Vaccination in Bombay 1874-1876 - 1874-1876
Year: 1874
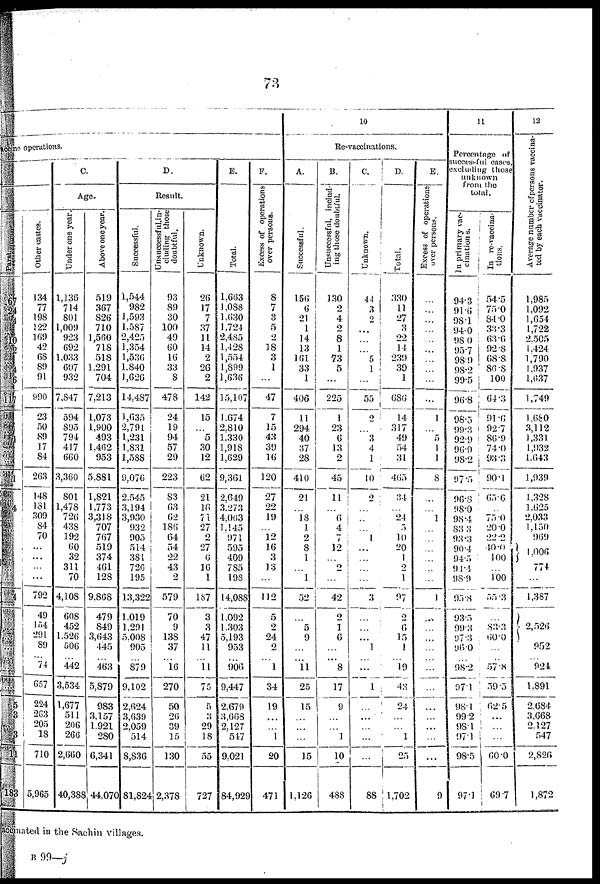
73
vaccine
operations.
5 3
3
11
183
Other castes.
134
77
198
122
169
42
68
89
91
990
23
50
89
17
84
263
148
131
309
84
70
...
...
...
...
792
49
154
291
89
... 74
657
224
263
205
18
710
5,965
C.
Age.
Under one year.
1,136
714
801
1,009
923
692
1,033
607
932
7,847
594
805
794
417
660
3,360
801
1,478
726
438
192
60
32
311
70
4,108
608
452
1,526
506
... 442
3,534
1,677
511
206
266
2,660
40,388
Above one year.
519
367
826
710
1,560
718
518
1,291
704
7,213
1,073
1,900
493
1,462
953
5,881
1,821
1,773
3,318
707
767
519
374
461
128
9,868
479
849
3,643
445
... 463
5,879
983
3,157
1,921
280
6,341
44,070
D.
Result.
Successful.
1,544
982
1,593
1,587
2,425
1,354
1,536
1,840
1,626
14,487
1,035
2,791
1,231
1,831
1,588
9,076
2,545
3,194
3,930
932
905
514
381
726
195
13,322
1,019
1,291
5,008
905
... 879
9,102
2,624
3,639
2,059
514
8,836
81,824
U
nsuccessful,in¬
cluding those
doubtful.
93
89
30
100
49
60
16
33
8
478
24
19
94
57
29
223
83
63
62
186
64
54
22
43
2
579
70
9
138
37
... 16
270
50
26
39
15
130
2,378
Unknown.
26
17
7
37
11
14
2
26
2
142
15
...
5
30
12
62
21
16
71
27
2
27
6
16
1
187
3
3
47
11
... 11
75
5
3
29
18
55
727
E.
Total.
1,663
1,088
1,630
1,721
2,485
1,428
1,554
1,899
1,636
15,107
1,674
2,810
1,330
1,918
1,629
9,361
2,649
3,273
4,063
1,145
971
595
409
785
198
14,088
1,092
1,303
5,193
953
... 906
9,447
2,679
3,668
2,127
517
9,021
84,929
F.
Excess of operations
over persons.
8
7
3
5
2
18
3
1
...
47
7
15
43
39
16
120
27
22
19
...
12
16
3
13
...
112
5
2
24
2
... 1
34
19
...
...
1
20
471
10
Re-vaccinations.
A.
Successful.
156
6
21
1
14
13
161
33
1
406
11
294
40
37
28
410
21
...
18
1
2
8
1
...
1
52
...
5
9
...
... 11
25
15
...
...
...
15
1,126
B.
Unsuccessful, includ-
ing those doubtful.
130
2
4
2
8
1
73
5
...
225
1
23
6
13
2
45
11
...
6
4
7
12
...
2
...
42
2
1
6
...
... 8
17
9
...
...
1
10
488
C.
Unknown.
44
3
2
...
...
...
5
1
...
55
2
...
3
4
1
10
9
...
...
...
1
...
...
...
...
3
...
...
...
1
... ...
1
...
...
...
...
...
88
D.
Total.
330
11
27
3
22
14
239
39
1
686
14
317
49
54
31
465
34
...
24
5
10
20
1
2
1
97
2
6
15
1
... 19
43
24
...
...
1
25
1,702
E.
Excess of operations
over persons.
...
...
...
...
...
...
...
...
...
...
1
...
5
1
1
8
...
...
1
...
...
...
...
...
1
...
...
...
...
... ...
...
...
...
...
...
...
9
11
Percentage of
successful cases,
excluding those
unknown
from the
total.
In primary vac-
cinations.
94.3
91.6
98.1
94.0
98.0
95.7
98.9
98.2
99.5
96.8
98.5
99.3
92.9
96.9
98.2
97.5
96.8
98.0
98.4
83.3
93.3
90.4
94.5
91.4
98.9
95.8
93.5
99.3
97.3
96.0
... 98.2
97.1
98.1
99.2
98.l
97.1
98.5
97.1
In re-vaccina-
tions.
54.5
75.0
84.0
33.3
63.6
92.8
68.8
86.8
100
64.3
91.6
92.7
86.9
74.0
93.3
90.1
65.6
...
75.0
20.0
22.2
40.0
100
...
100
55.3
...
83.3
60.0
...
... 57.8
59.5
62.5
...
...
...
60.0
69.7
12
Average number of persons vaccina-
ted by each vaccinator.
1,985
1,092
1,654
1,722
2,505
1,424
1,790
1,937
1,637
1,749
1,680
3,112
1,331
1,932
1,643
1,939
1,328
1,625
2,033
1,150
969
1,006
774
...
1,387
2,526
952
... 924
1,891
2,684
3,668
2,127
547
2,826
1,872
vaccinated in the Sachin villages.
B 99—j